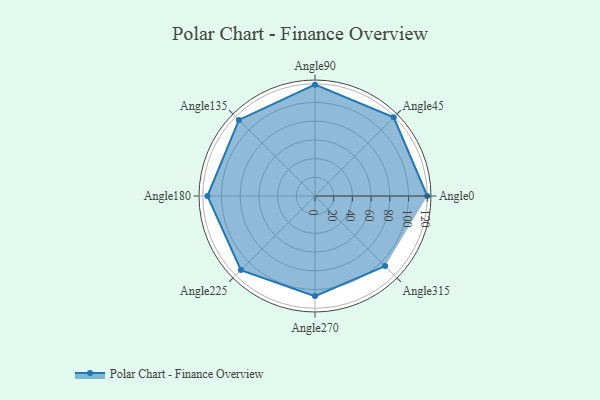
{"axis": {"x": "Angle", "y": "Radius"}, "legend": [""], "data": [{"x": "Angle0", "y": 120.0, "type": ""}, {"x": "Angle45", "y": 119.0, "type": ""}, {"x": "Angle90", "y": 119.0, "type": ""}, {"x": "Angle135", "y": 115.0, "type": ""}, {"x": "Angle180", "y": 115.0, "type": ""}, {"x": "Angle225", "y": 112.0, "type": ""}, {"x": "Angle270", "y": 107.0, "type": ""}, {"x": "Angle315", "y": 106.0, "type": ""}]}